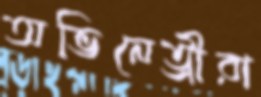
অভিনেত্রীরা